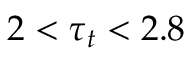
2 < \tau _ { t } < 2 . 8